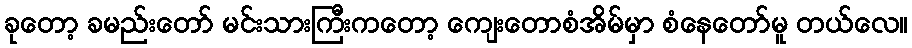
ခုတော့ ခမည်းတော် မင်းသားကြီးကတော့ ကျေးတောစံအိမ်မှာ စံနေတော်မူ တယ်လေ။